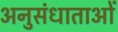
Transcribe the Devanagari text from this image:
अनुसंधाताओं